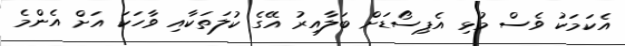
އެކަމަކު ވެސް މުޅި އެޕިސޯޑަށް ބަލާއިރު އޭގެ ކުލަތަކާއި ވާހަކަ އަށް އެންމެ